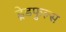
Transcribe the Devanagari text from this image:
ड्रेडफुल्स